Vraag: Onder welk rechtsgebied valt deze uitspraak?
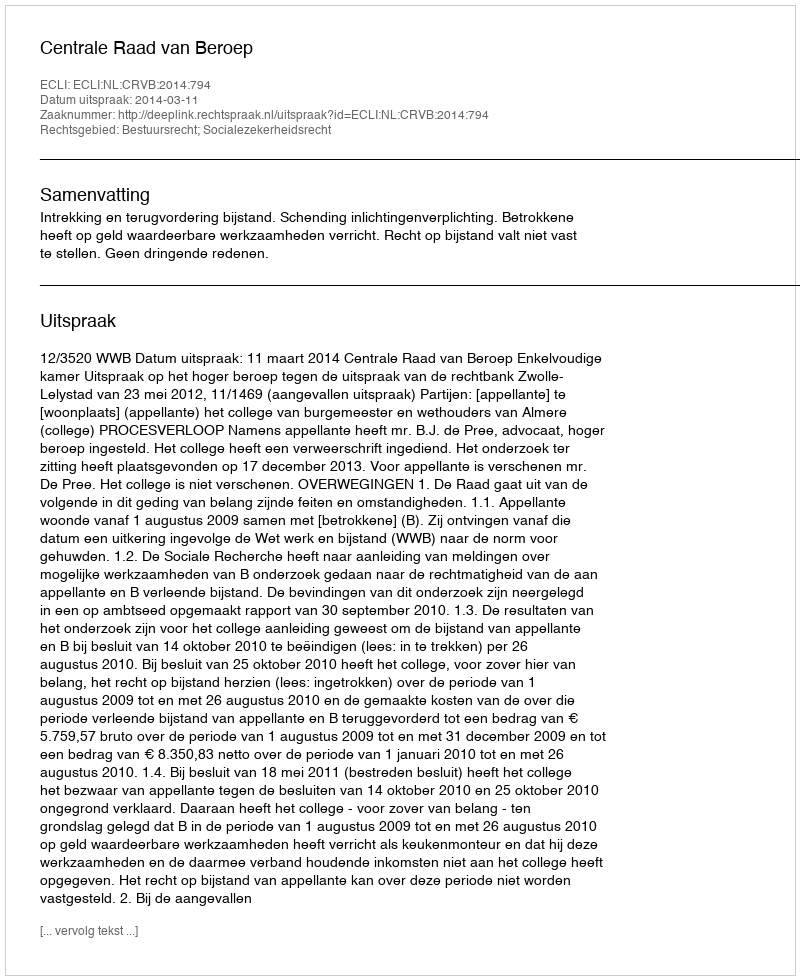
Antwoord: Bestuursrecht; Socialezekerheidsrecht